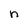
Character: n